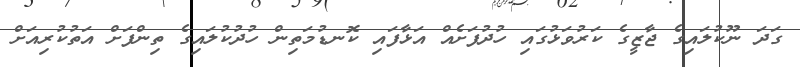
ގަދަ ނޫކުލައިގެ ޖާޒީގެ ކަރުވަޅުގައި ހުދުފަށެއް އަޅާފައި ކޮނޑުމަތިން ހުދުކުލައިގެ ތިންފަށް އަތުކުރިއަށް